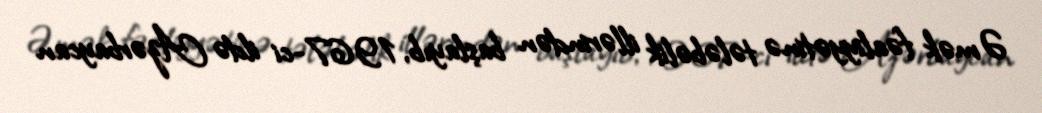
Əmək fəaliyyətinə tələbəlik illərindən başlayıb, 1967-ci ildə Azərbaycan